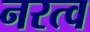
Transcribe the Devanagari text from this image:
नरत्व